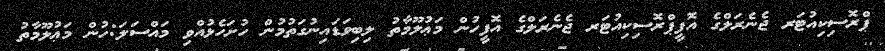
ޕްރޮސިކިއުޓަރ ޖެނެރަލްގެ އޮފީޕްރޮސިކިއުޓަރ ޖެނެރަލްގެ އޮފީހުން މަޢުލޫމާތު ލިބިވަޑައިނުގަތުމުން ހުށަހެޅުއްވި މައްސަލަ:ހުން މަޢުލޫމާތު